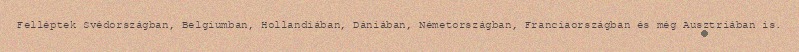
Felléptek Svédországban, Belgiumban, Hollandiában, Dániában, Németországban, Franciaországban és még Ausztriában is.